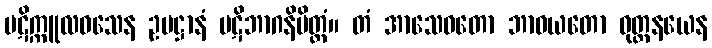
ပဋိက္ကူလဝသေန ဥပဋ္ဌာနံ ပဋိဘာဂနိမိတ္တံ။ တံ အာသေဝတော ဘာဝယတော ဝုတ္တနယေန